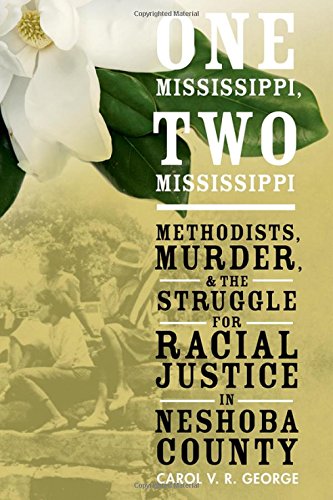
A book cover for One Mississippi, Two Mississippi: Methodists, Murder, and the Struggle for Racial Justice in Neshoba County; Carol V. R. George; Christian Books & Bibles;